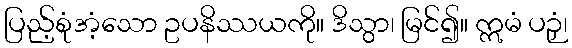
ပြည့်စုံအံ့သော ဥပနိဿယကို။ ဒိသွာ၊ မြင်၍။ ဣမံ ပဉှံ၊